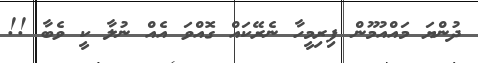
ދުންޔަަ މައްއުމޫން ފިރިމީހާ ނެރޭކައް ގޮއްވަ އެއް ނުލާ ކީ ވެބާ !!